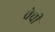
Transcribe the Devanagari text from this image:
चेची